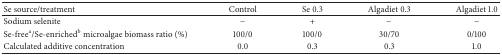
<table><thead><tr><td><b>Se source/treatment</b></td><td><b>Control</b></td><td><b>Se 0.3</b></td><td><b>Algadiet 0.3</b></td><td><b>Algadiet 1.0</b></td></tr></thead><tbody><tr><td>Sodium selenite</td><td>−</td><td>+</td><td>−</td><td>−</td></tr><tr><td>Se-free<sup>a</sup>/Se-enriched<sup>b</sup> microalgae biomass ratio (%)</td><td>100/0</td><td>100/0</td><td>30/70</td><td>0/100</td></tr><tr><td>Calculated additive concentration </td><td>0.0</td><td>0.3</td><td>0.3</td><td>1.0</td></tr></tbody></table>